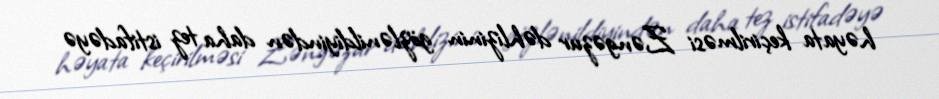
həyata keçirilməsi Zəngəzur dəhlizinin gözlənildiyindən daha tez istifadəyə